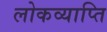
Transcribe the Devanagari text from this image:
लोकव्याप्ति